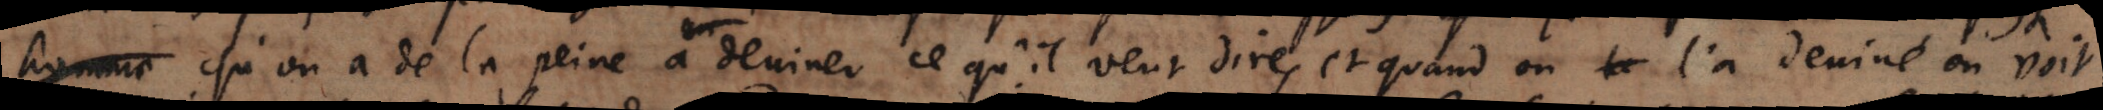
qu’on a de la peine a deviner ce qu’il veut dire, et quand on la l’a deviné on voit